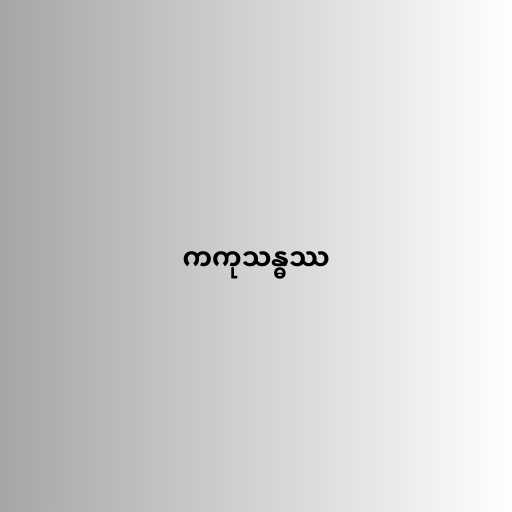
ကကုသန္ဓဿ